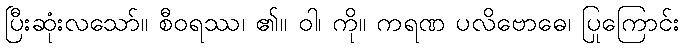
ပြီးဆုံးလသော်။ စီဝရဿ၊ ၏။ ဝါ၊ ကို။ ကရဏ ပလိဗောဓေ၊ ပြုကြောင်း